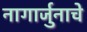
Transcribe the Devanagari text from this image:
नागार्जुनाचे